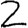
Digit: 2